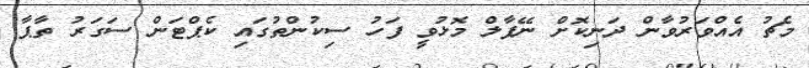
މެޗު އެއްވަރުވާން ދަނިކޮށް ނޭޕާލް މޮޅުވީ ފަހު ސިކުންތުގައި ކެޕްޓަން ސަގަރު ތާޕާ